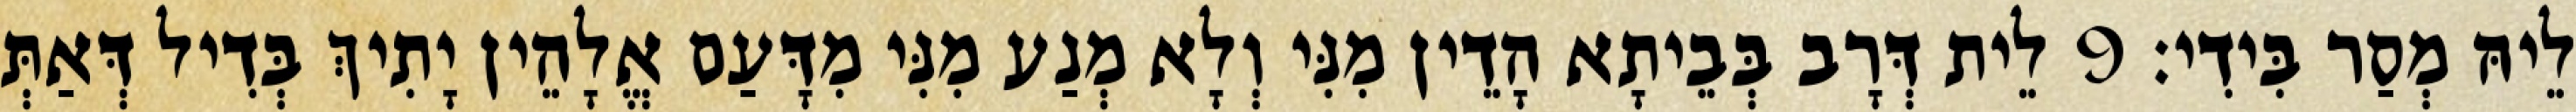
לֵיהּ מְסַר בִּידִי׃ 9 לֵית דְּרָב בְּבֵיתָא הָדֵין מִנִּי וְלָא מְנַע מִנִּי מִדָּעַם אֱלָהֵין יָתִיךְ בְּדִיל דְּאַתְּ